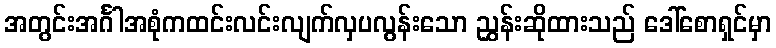
အတွင်းအင်္ဂါအစုံကထင်းလင်းလျက်လှပလွန်းသော ညွှန်းဆိုထားသည် ဒေါ်စောရှင်မှာ